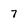
Character: 7